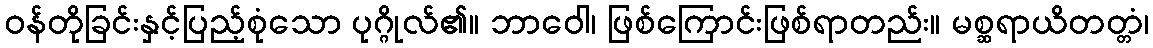
ဝန်တိုခြင်းနှင့်ပြည့်စုံသော ပုဂ္ဂိုလ်၏။ ဘာဝေါ၊ ဖြစ်ကြောင်းဖြစ်ရာတည်း။ မစ္ဆရာယိတတ္တံ၊